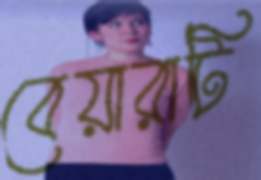
বেয়ারাটি